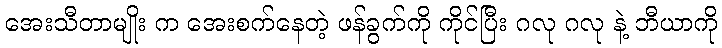
အေးသီတာမျိုး က အေးစက်နေတဲ့ ဖန်ခွက်ကို ကိုင်ပြီး ဂလု ဂလု နဲ့ ဘီယာကို